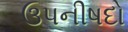
ઉપનીષદો